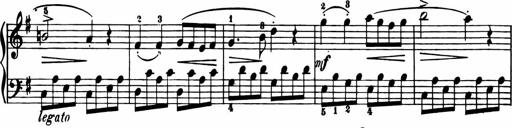
Title: 11 Sonatinas for Piano Solo
Composer: Anton Diabelli